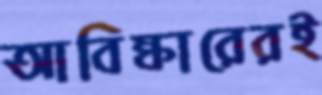
আবিষ্কারেরই